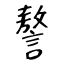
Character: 謷